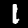
Digit: 1